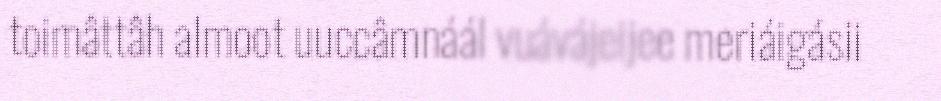
toimâttâh almoot uuccâmnáál vuávájeijee meriáigásii